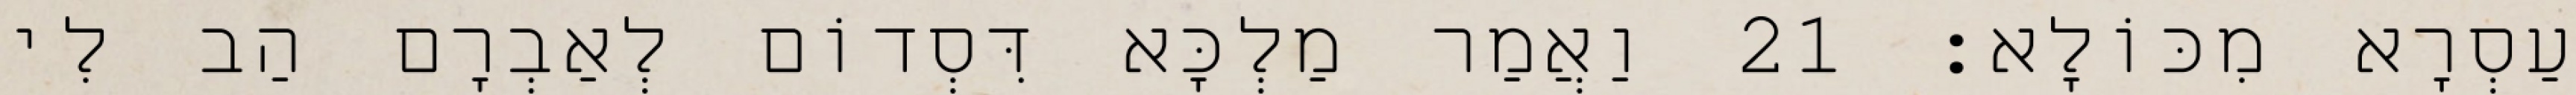
עַסְרָא מִכּוֹלָא׃ 21 וַאֲמַר מַלְכָּא דִּסְדוֹם לְאַבְרָם הַב לִי